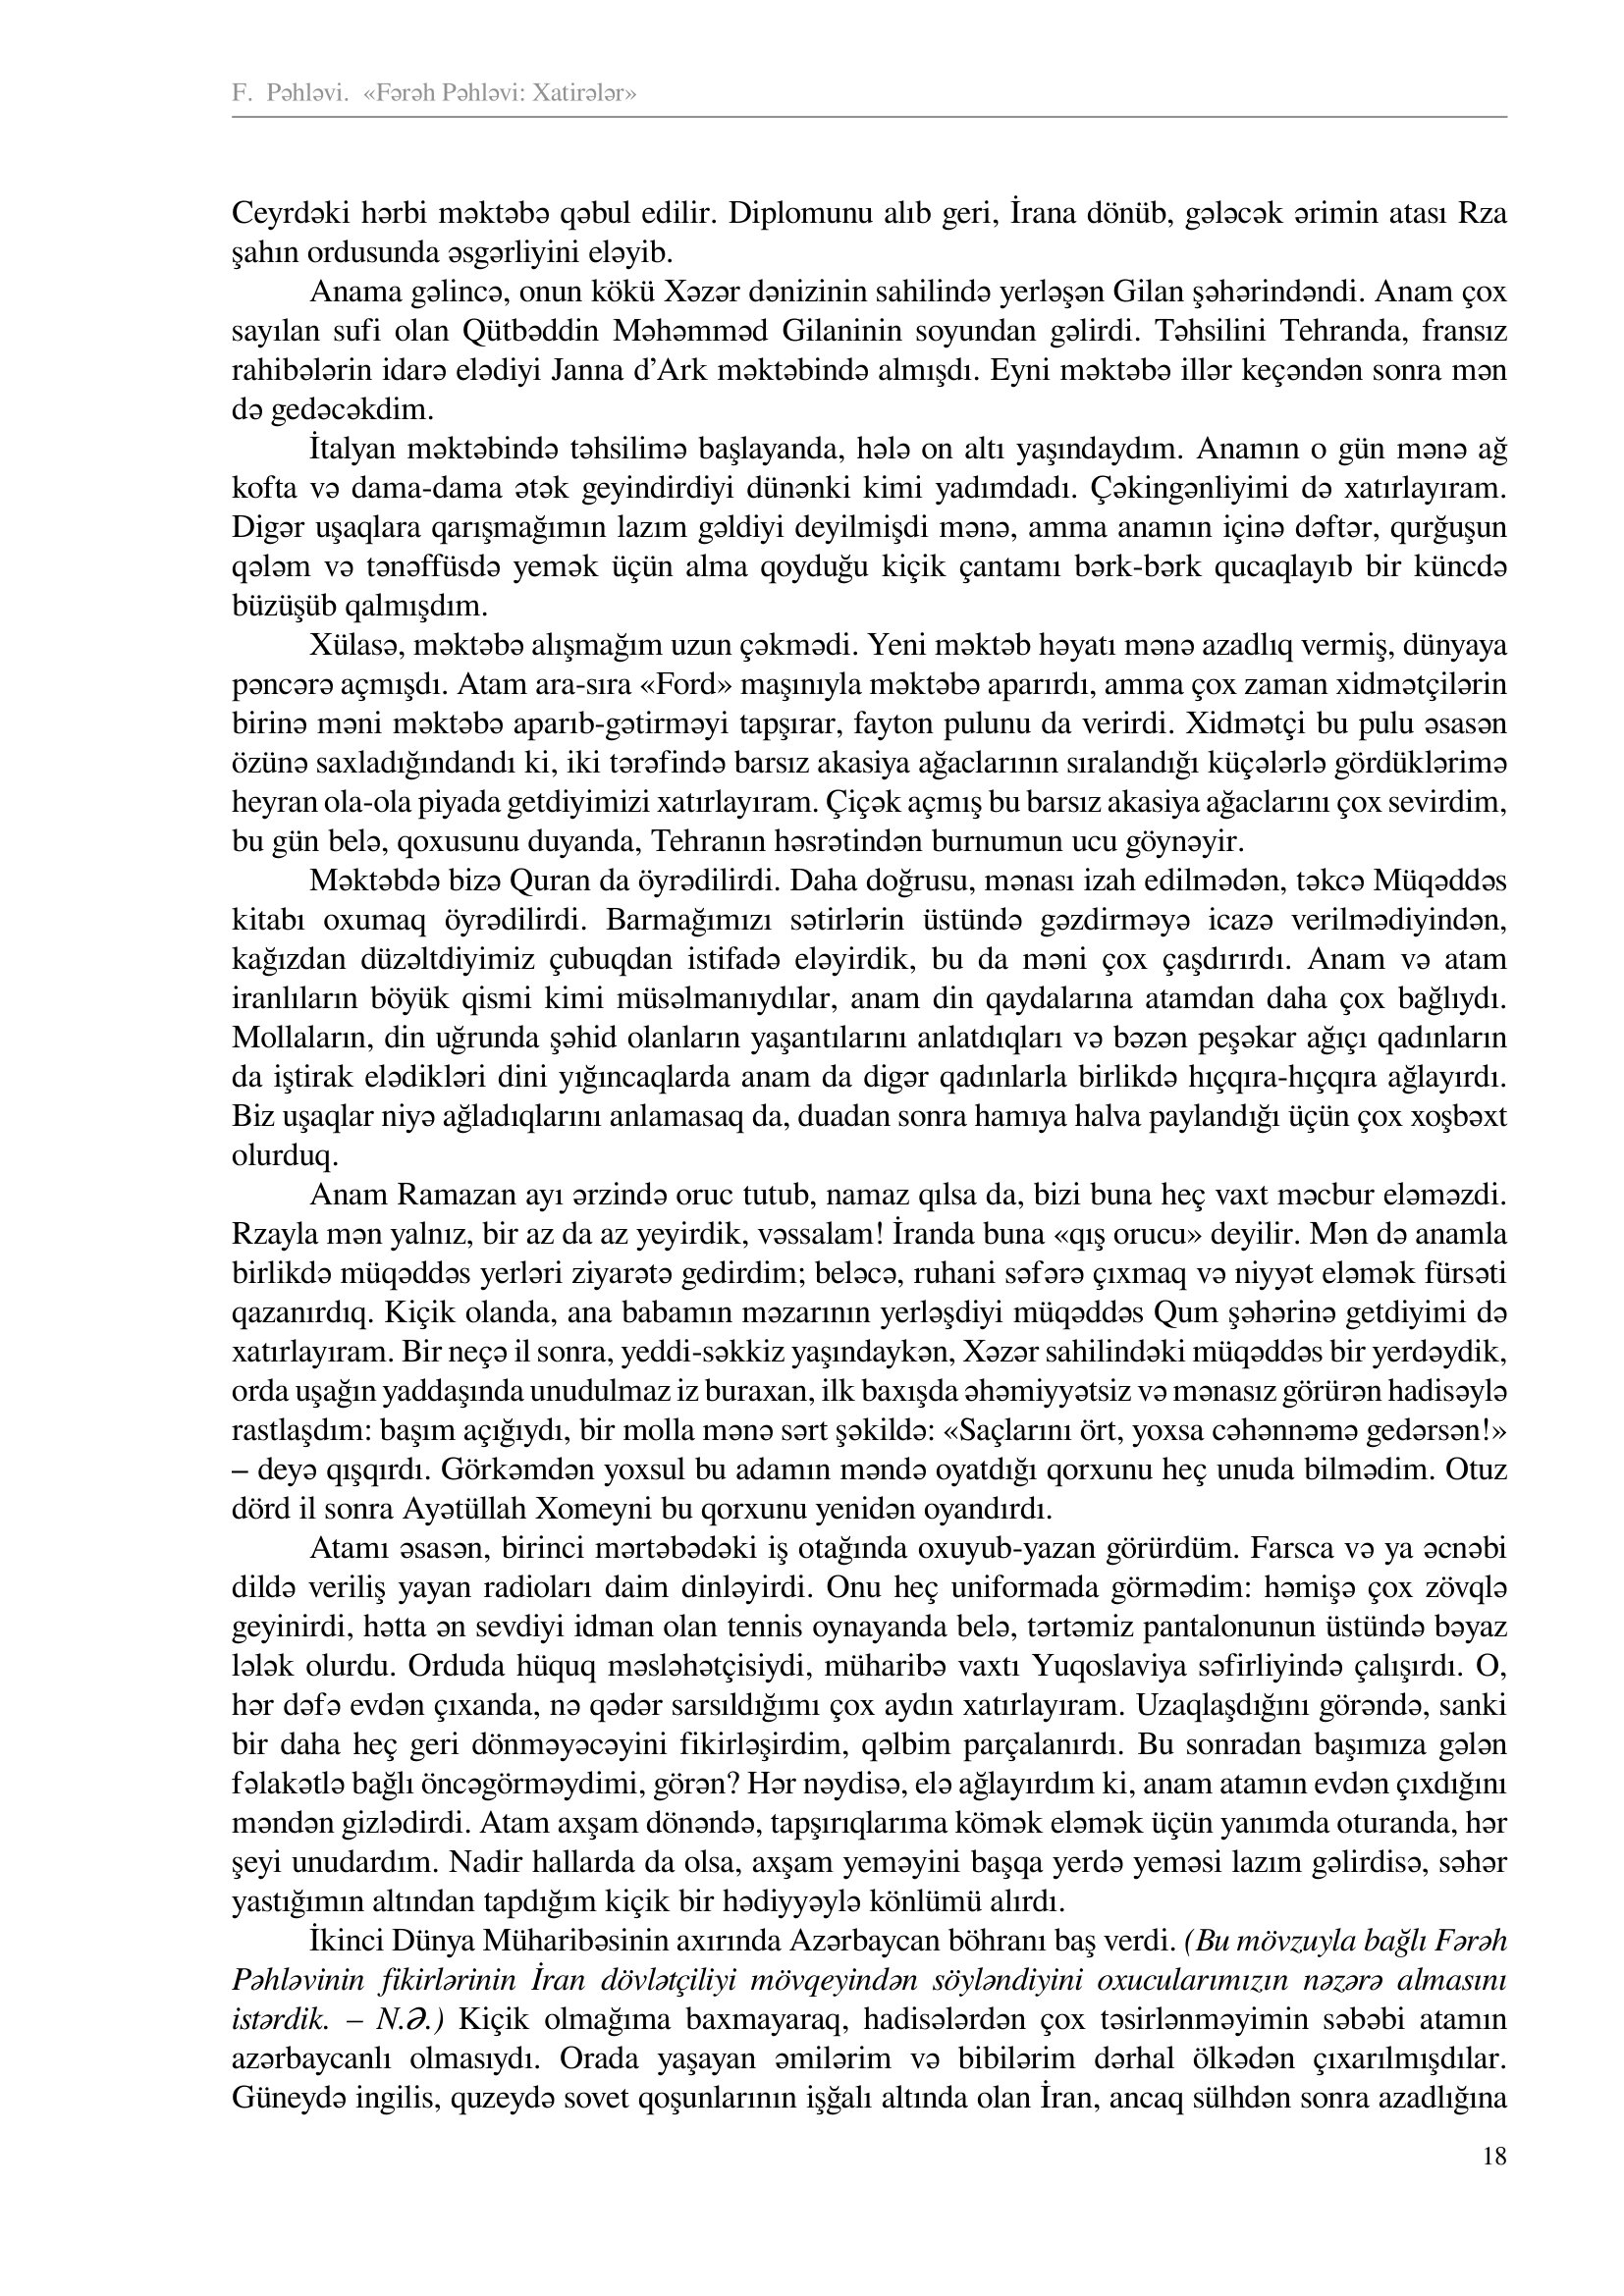
Language: az